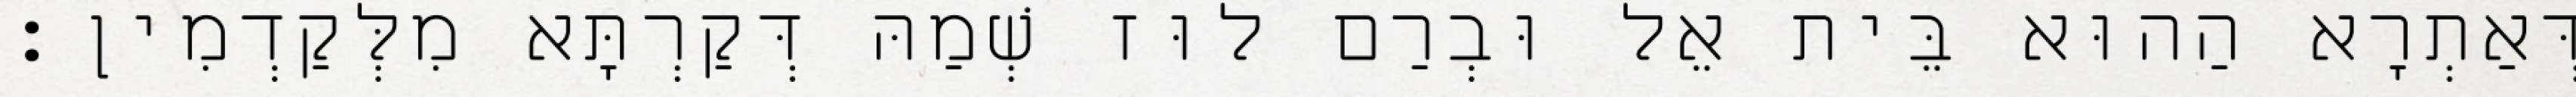
דְּאַתְרָא הַהוּא בֵּית אֵל וּבְרַם לוּז שְׁמַהּ דְּקַרְתָּא מִלְּקַדְמִין׃